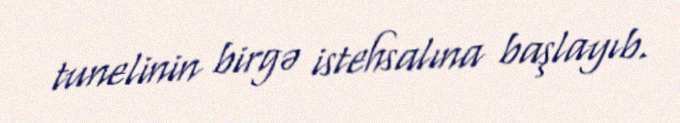
tunelinin birgə istehsalına başlayıb.